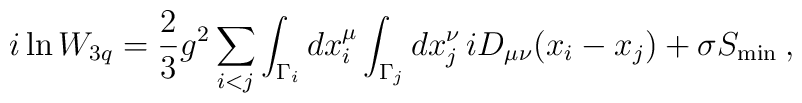
i \ln W_{3q} = \frac{2}{3} g^2 \sum _{i<j} \int _{\Gamma _i} dx^{\mu}_i \int _{\Gamma _j} dx^{\nu}_j \,i D_{\mu \nu} (x_i - x_j)+ \sigma S_{\min} \> ,